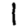
Digit: 1